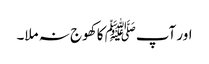
اور آپﷺ کا کھوج نہ ملا۔